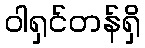
ဝါရှင်တန်ရှိ